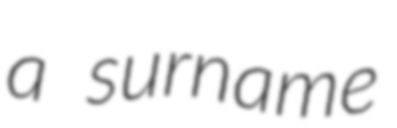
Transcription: a surname